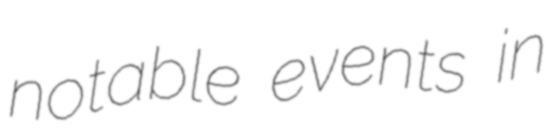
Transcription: notable events in